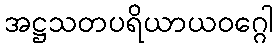
အဋ္ဌသတပရိယာယဝဂ္ဂေါ